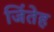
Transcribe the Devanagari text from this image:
जिंतेह